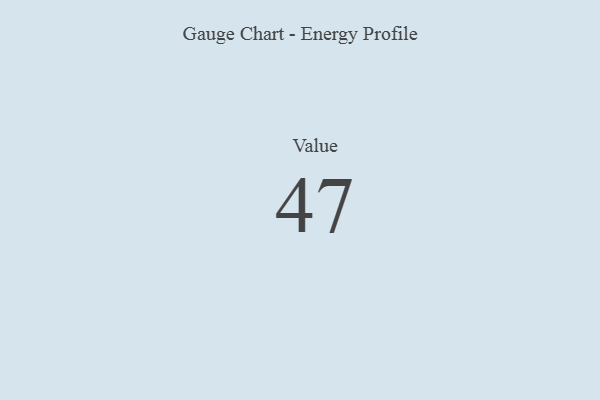
{"axis": {"x": "Metric", "y": "Value"}, "legend": [""], "data": [{"x": "Value", "y": 47, "type": ""}]}